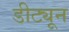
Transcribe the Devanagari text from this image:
डीट्यून